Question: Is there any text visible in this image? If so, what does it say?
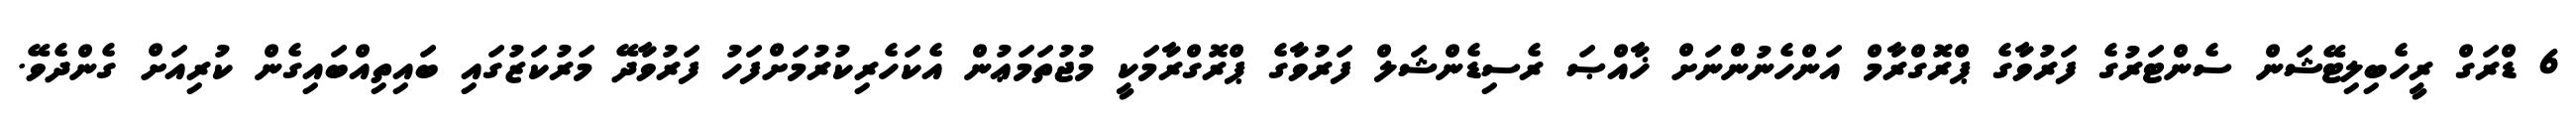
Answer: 6 ޑްރަގް ރީހެބިލިޓޭޝަން ސެންޓަރުގެ ފަރުވާގެ ޕްރޮގްރާމް އަންހެނުންނަށް ޚާއްޞަ ރެސިޑެންޝަލް ފަރުވާގެ ޕްރޮގްރާމަކީ މުޖުތަމަޢުން އެކަހެރިކުރުމަށްފަހު ފަރުވާދޭ މަރުކަޒުގައި ބައިތިއްބައިގެން ކުރިއަށް ގެންދެވޭ.